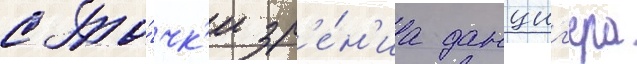
с то́чк'и зр'е́н'иа данциг'ера